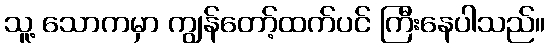
သူ့ သောကမှာ ကျွန်တော့်ထက်ပင် ကြီးနေပါသည်။